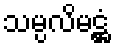
သမ္ပလိမဋ္ဌံ